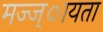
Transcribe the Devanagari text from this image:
मज्ज्ायता